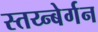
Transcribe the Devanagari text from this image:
स्तय्न्बेर्गन